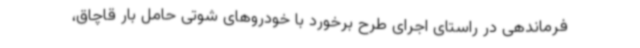
فرماندهی در راستای اجرای طرح برخورد با خودروهای شوتی حامل بار قاچاق،